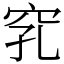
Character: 𥥅